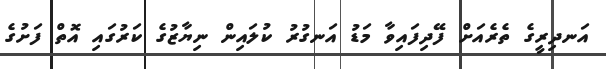
އަނދިރީގެ ތެރެއަށް ފޭދިފައިވާ މަޑު އަނގުރު ކުލައިން ނިޔާޒުގެ ކަރުގައި އޮތް ފަށުގެ